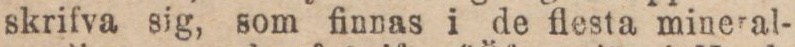
skrifva sig, som finnas i de flesta mineral-